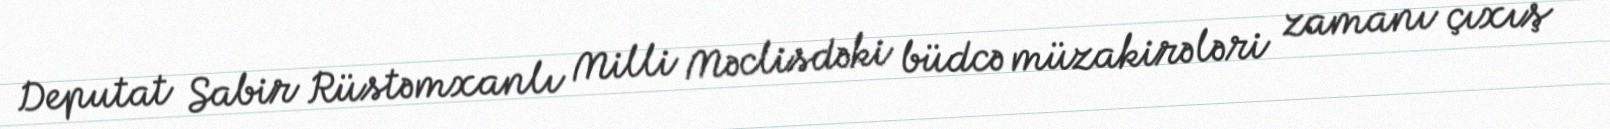
Deputat Sabir Rüstəmxanlı Milli Məclisdəki büdcə müzakirələri zamanı çıxış